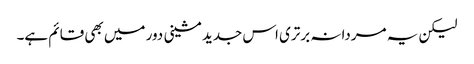
لیکن یہ مردانہ برتری اس جدید مشینی دور میں بھی قائم ہے۔